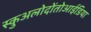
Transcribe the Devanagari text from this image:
स्कुअलोदोंतोआईडिया